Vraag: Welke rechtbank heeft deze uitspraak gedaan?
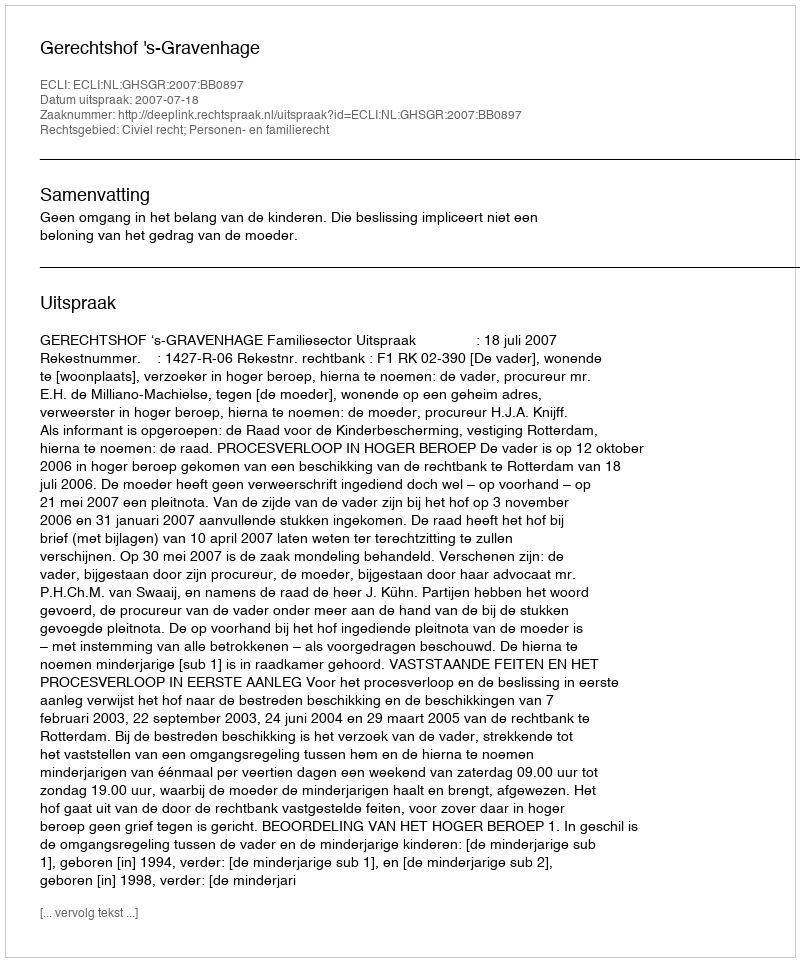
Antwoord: Gerechtshof 's-Gravenhage